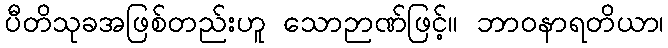
ပီတိသုခအဖြစ်တည်းဟူ သောဉာဏ်ဖြင့်။ ဘာဝနာရတိယာ၊